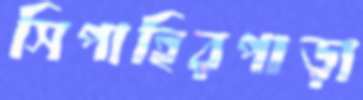
সিপাহিরপাড়া